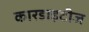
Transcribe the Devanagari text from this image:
कारडाइटीज